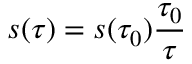
s ( \tau ) = s ( \tau _ { 0 } ) \frac { \tau _ { 0 } } { \tau }